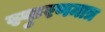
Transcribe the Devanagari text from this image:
स्फुरणमात्र